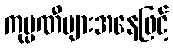
ကုမ္ပဏီများအနေဖြင့်